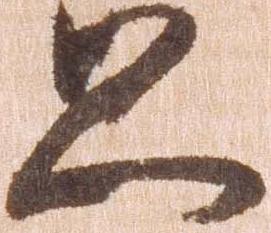
且